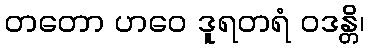
တတော ဟဝေ ဒူရတရံ ဝဒန္တိ၊